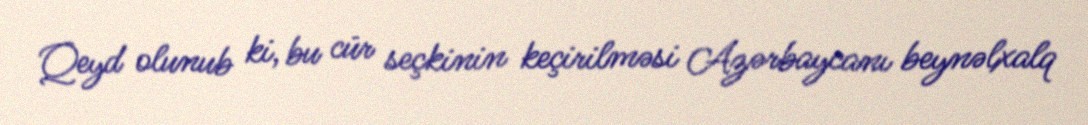
Qeyd olunub ki, bu cür seçkinin keçirilməsi Azərbaycanı beynəlxalq